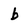
Character: b